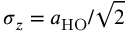
\sigma _ { z } = a _ { \mathrm { { H O } } } / \sqrt { 2 }